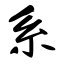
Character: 系